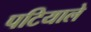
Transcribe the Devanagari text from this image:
पटियाले